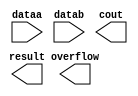
module add1 (
	dataa,
	datab,
	cout,
	overflow,
	result);

	input	[6:0]  dataa;
	input	[6:0]  datab;
	output	  cout;
	output	  overflow;
	output	[6:0]  result;

endmodule